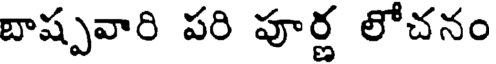
బాష్పవారి పరి పూర్ణ లోచనం